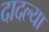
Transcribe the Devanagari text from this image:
दादल्या